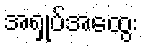
အရှုပ်အထွေး